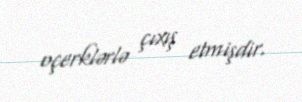
oçerklərlə çıxış etmişdir.